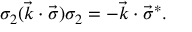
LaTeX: \sigma _ { 2 } ( { \vec { k } } \cdot { \vec { \sigma } } ) \sigma _ { 2 } = - { \vec { k } } \cdot { \vec { \sigma } } ^ { * } .